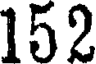
152